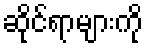
ဆိုင်ရာများကို